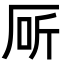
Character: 厛